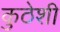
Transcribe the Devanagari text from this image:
कुठेशी